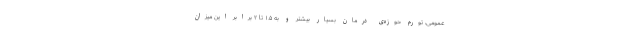
عمومی، تورم حوزه‌ی درمان بسیار بیشتر و به ۱.۵ تا ۲ برابر این میزان